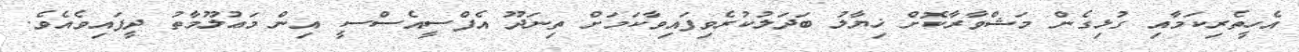
އެހީތެރިކަމާއި ގުޅިގެން މަޝްވާރާކޮށް ޚިޔާލު ބަދަލުކުރެވިފައިވާކަމަށް ތިނަދޫ އެފްސީއެސްސީ އިން މަޢުލޫމާތު ދީފައިވެއެވެ.